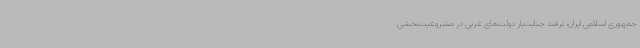
جمهوری اسلامی ایران، ترفند جنایت‌بار دولت‌های غربی در مشروعیت‌بخشی